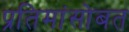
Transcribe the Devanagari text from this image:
प्रतिमांसोबत